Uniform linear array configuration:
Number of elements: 16
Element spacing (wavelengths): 1
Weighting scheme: binomial
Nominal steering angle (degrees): -45
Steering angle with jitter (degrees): -46.486
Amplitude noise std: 0.05
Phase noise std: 0.05

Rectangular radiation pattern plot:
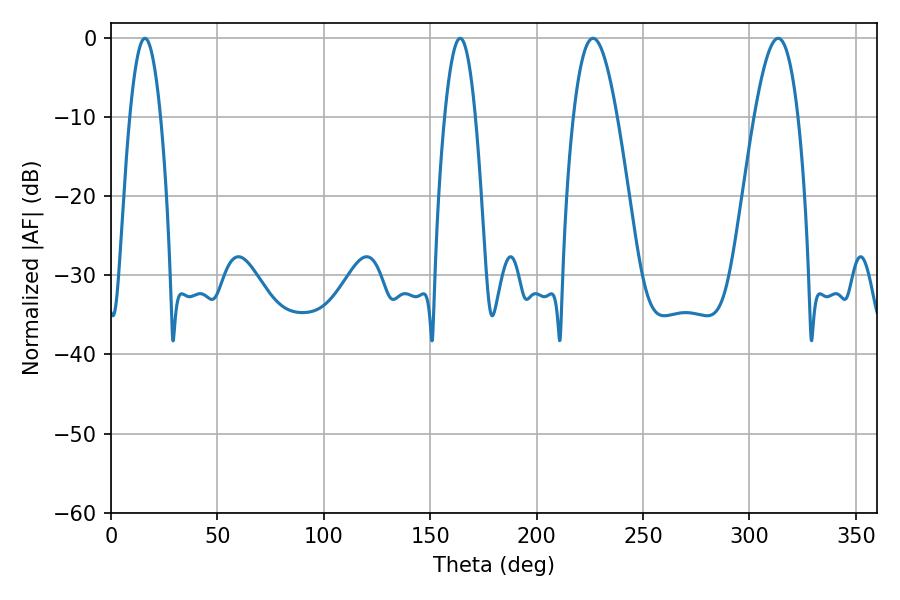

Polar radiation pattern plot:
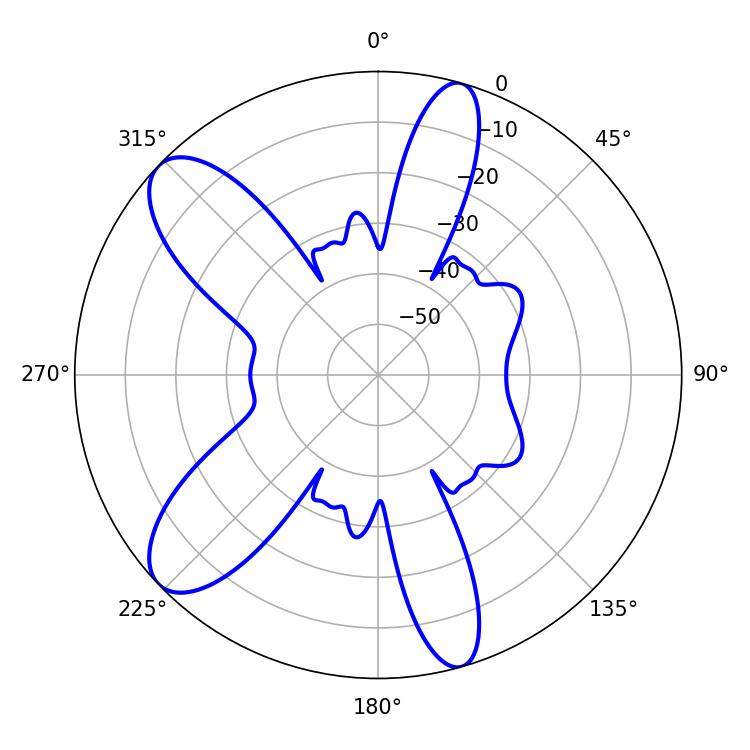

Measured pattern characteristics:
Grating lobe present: TRUE
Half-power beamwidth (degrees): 11.16
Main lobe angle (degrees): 226.44